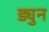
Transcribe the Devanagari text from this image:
ड्युन